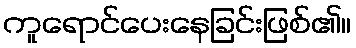
ကူရောင်ပေးနေခြင်းဖြစ်၏။